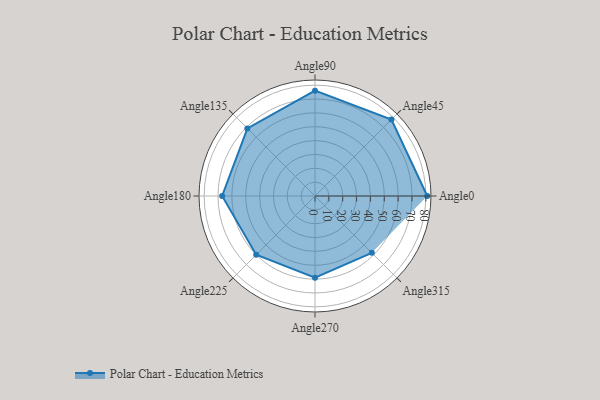
{"axis": {"x": "Angle", "y": "Radius"}, "legend": [""], "data": [{"x": "Angle0", "y": 81.0, "type": ""}, {"x": "Angle45", "y": 78.0, "type": ""}, {"x": "Angle90", "y": 76.0, "type": ""}, {"x": "Angle135", "y": 69.0, "type": ""}, {"x": "Angle180", "y": 67.0, "type": ""}, {"x": "Angle225", "y": 60.0, "type": ""}, {"x": "Angle270", "y": 59.0, "type": ""}, {"x": "Angle315", "y": 58.0, "type": ""}]}